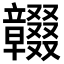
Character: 𥫓